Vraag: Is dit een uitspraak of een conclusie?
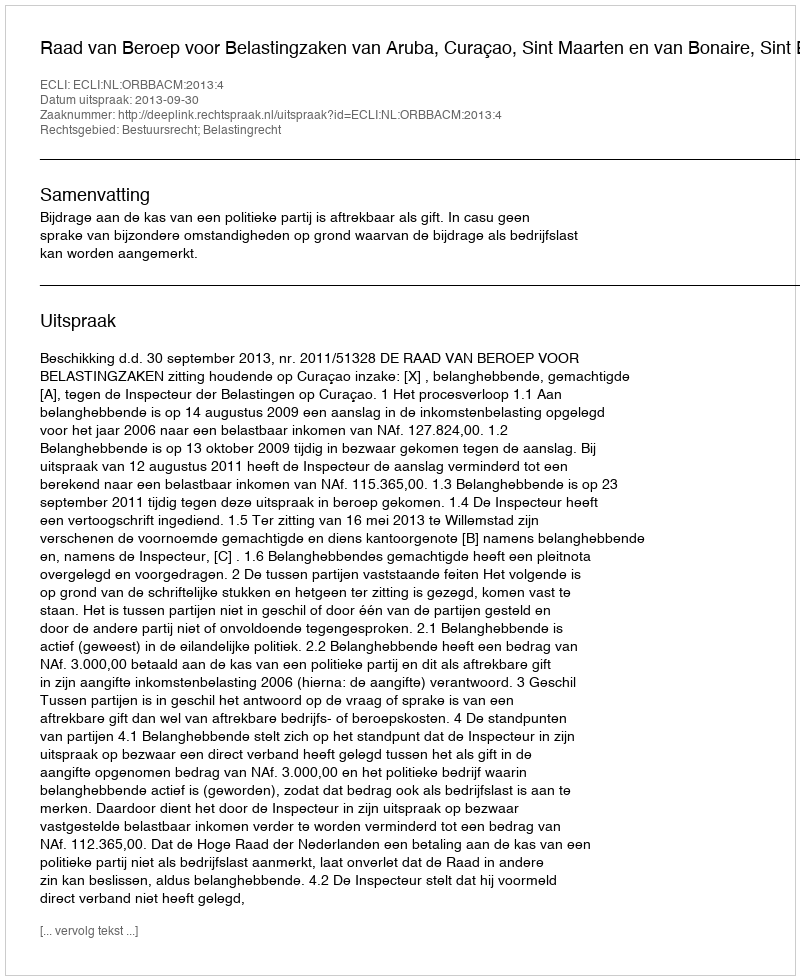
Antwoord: Uitspraak